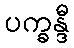
ပက္ခန္ဒီ